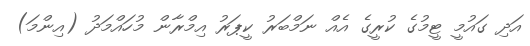
އަދި ގައުމީ ޓީމުގެ ކުރީގެ އެއް ނަމްބަރު ކީޕަރު އިމްރާން މުހައްމަދު (އިންމަ)